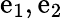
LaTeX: \mathrm{e}_{1},\mathrm{e}_{2}